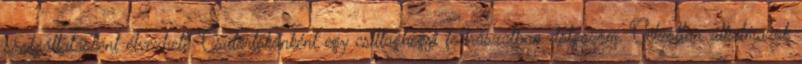
szolgáltatásként élvezheti. Csütörtökönként egy csillaghegyi fodrászatban dolgozom. Célzottan alkalmazok